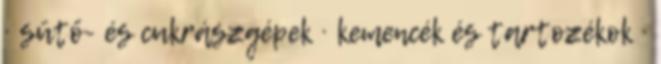
· sütő- és cukrászgépek · kemencék és tartozékok ·